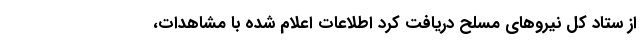
از ستاد کل نیروهای مسلح دریافت کرد اطلاعات اعلام شده با مشاهدات،